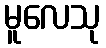
မူလေသု